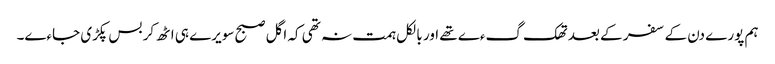
ہم پورے دن کے سفر کے بعد تھک گءے تھے اور بالکل ہمت نہ تھی کہ اگل صبح سویرے ہی اٹھ کر بس پکڑی جاءے۔